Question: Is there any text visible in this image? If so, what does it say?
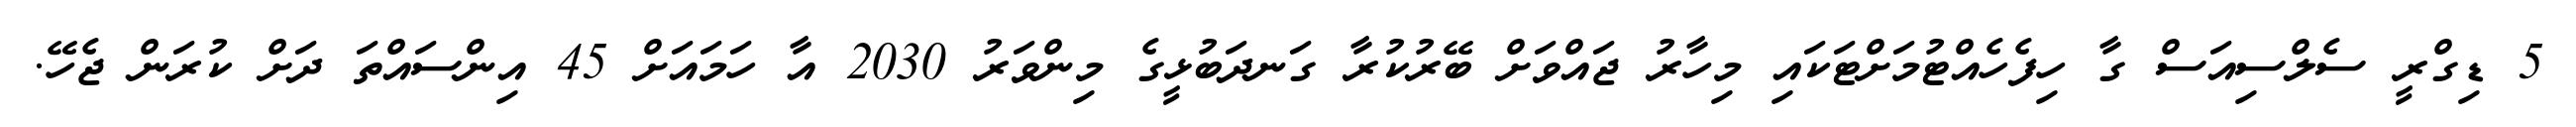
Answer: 5 ޑިގްރީ ސެލްސިއަސް ގާ ހިފެހެއްޓުމަށްޓަކައި މިހާރު ޖައްވަށް ބޭރުކުރާ ގަނދަބުޅީގެ މިންވަރު 2030 އާ ހަމައަށް 45 އިންސައްތަ ދަށް ކުރަން ޖެހޭ.